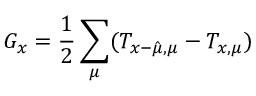
G _ { x } = \frac { 1 } { 2 } \sum _ { \mu } ( T _ { x - \hat { \mu } , \mu } - T _ { x , \mu } )